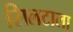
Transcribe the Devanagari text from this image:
सिलटाला